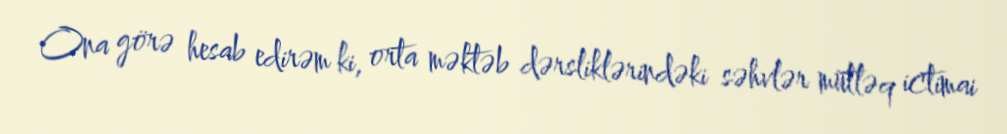
Ona görə hesab edirəm ki, orta məktəb dərsliklərindəki səhvlər mütləq ictimai